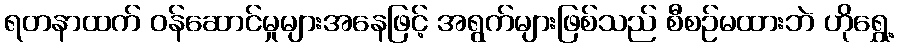
ရတနာထက် ဝန်ဆောင်မှုများအနေဖြင့် အရွက်များဖြစ်သည် စီစဉ်မထားဘဲ ဟိုရွှေ့